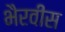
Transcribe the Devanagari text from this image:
भैरवींस